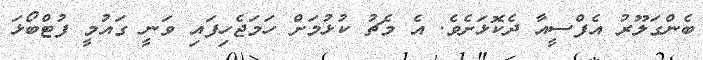
ބެންގަލޫރު އެފްސީއާ ދެކޮޅަށެވެ. އެ މެޗު ކުޅުމަށް ހަމަޖެހިފައި ވަނީ ގައުމީ ފުޓްބޯޅަ